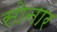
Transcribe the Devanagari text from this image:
साेनार